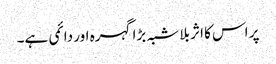
پر اس کا اثر بلا شبہ بڑا گہرہ اور دائمی ہے۔